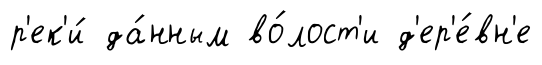
р'ек'и́ да́нным во́лост'и д'ер'е́вн'е